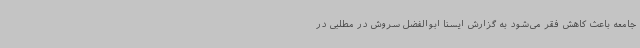
جامعه باعث کاهش فقر می‌شود به گزارش ایسنا ابوالفضل سروش در مطلبی در